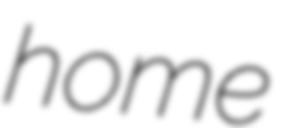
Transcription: home